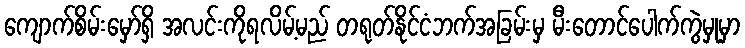
ကျောက်စိမ်းမှော်ရှိ အလင်းကိုရလိမ့်မည် တရုတ်နိုင်ငံဘက်အခြမ်းမှ မီးတောင်ပေါက်ကွဲမှုမှာ